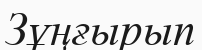
Зұңғырып